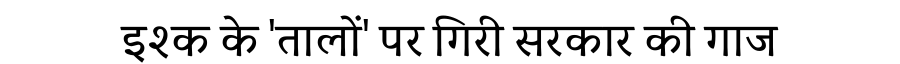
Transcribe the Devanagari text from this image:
इश्क के 'तालों' पर गिरी सरकार की गाज